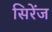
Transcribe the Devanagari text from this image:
सिरेंज